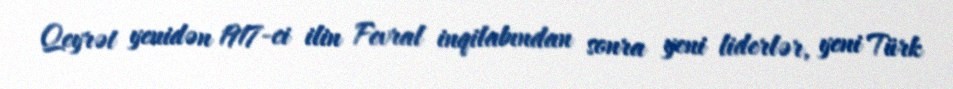
Qeyrət yenidən 1917-ci ilin Fevral inqilabından sonra yeni liderlər, yeni Türk